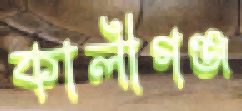
কালীগঞ্জ